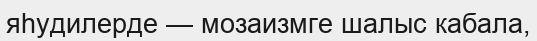
яһудилерде — мозаизмге шалыс кабала,